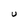
Character: U